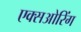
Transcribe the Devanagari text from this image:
एक्सओरिंग